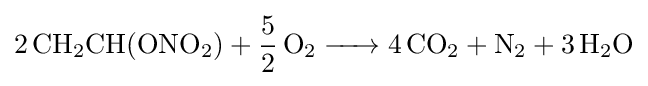
{\ce {2CH2CH(ONO2) + 5/2O2 -> 4CO2 + N2 + 3H2O}}